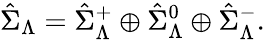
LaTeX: \hat{\Sigma}_{{\Lambda}}=\hat{\Sigma}_{{\Lambda}}^{+}\oplus\hat{\Sigma}_{{\Lambda}}^{0}\oplus\hat{\Sigma}_{{\Lambda}}^{-}.